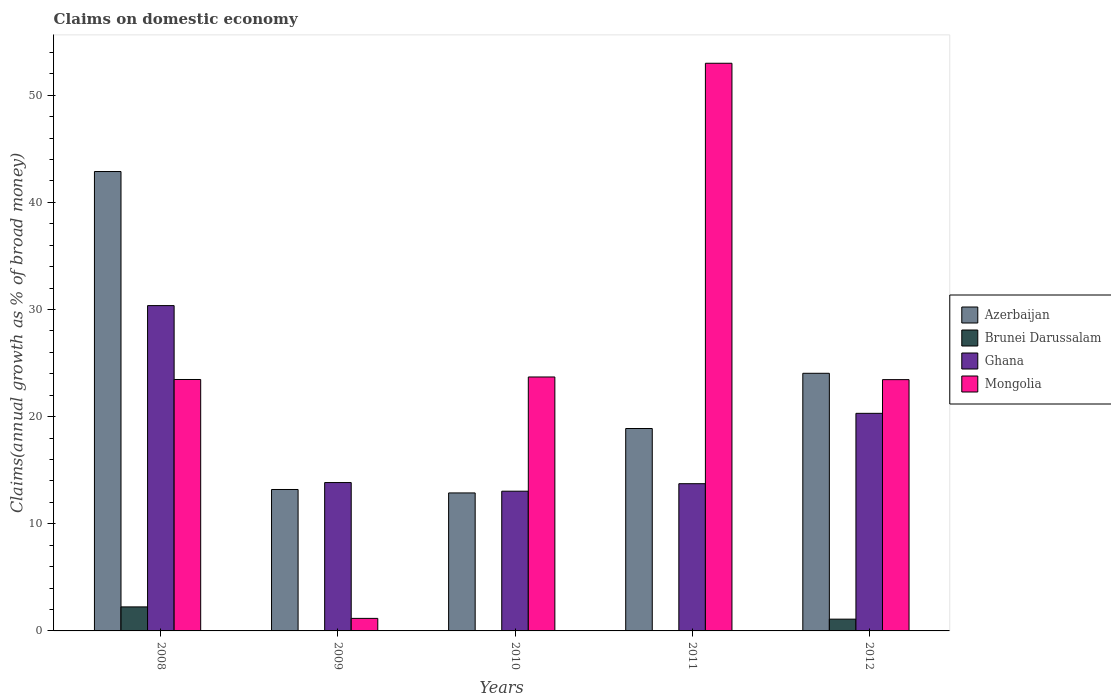
| Years | Azerbaijan | Brunei Darussalam | Ghana | Mongolia |
 | --- | --- | --- | --- | --- |
 | 2008 | 42.9 | 2.24 | 30.4 | 23.5 |
 | 2009 | 13.2 | -2.24 | 13.8 | 1.17 |
 | 2010 | 12.9 | -0.339 | 13 | 23.7 |
 | 2011 | 18.9 | -1.84 | 13.7 | 53 |
 | 2012 | 24 | 1.1 | 20.3 | 23.5 |